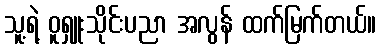
သူ့ရဲ့ ဝူရှူးသိုင်းပညာ အလွန် ထက်မြက်တယ်။